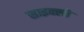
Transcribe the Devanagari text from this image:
साइक्लो